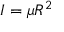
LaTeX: I = \mu R ^ { 2 }